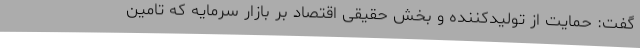
گفت: حمایت از تولیدکننده و بخش حقیقی اقتصاد بر بازار سرمایه که تامین